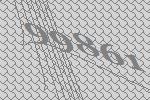
99861